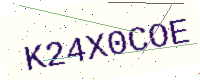
Text: K24X0COE